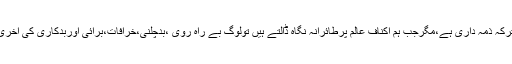
ایسے سماج کی تشکیل ہماری مشترکہ ذمہ داری ہے،مگرجب ہم اکناف عالم پرطائرانہ نگاہ ڈالتے ہیں تولوگ بے راہ روی ،بدچلنی،خرافات،برائی اوربدکاری کی آخری حدکوپہونچے ہوئے نظرآتے ہیں۔